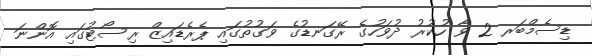
ޑިސެމްބަރ 2 ވާ ހުކުރު ދުވަހުގެ ރޭގަނޑުގެ ވަގުތުގައި ޕެރެޑައިޒް ރިސޯޓުގައި އޮންނަ